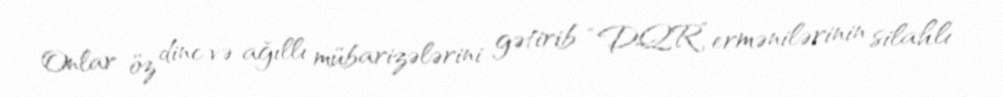
Onlar öz dinc və ağıllı mübarizələrini gətirib “DQR” ermənilərinin silahlı